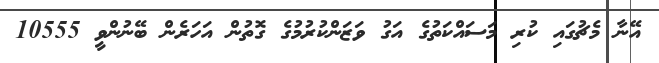
އޭނާ މެޗުގައި ކުރި މަސައްކަތުގެ އަގު ވަޒަންކުރުމުގެ ގޮތުން އަހަރެން ބޭނުންވީ 10555